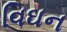
વિઘન